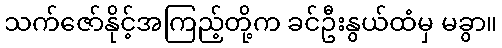
သက်ဇော်နိုင့်အကြည့်တို့က ခင်ဦးနွယ်ထံမှ မခွာ။